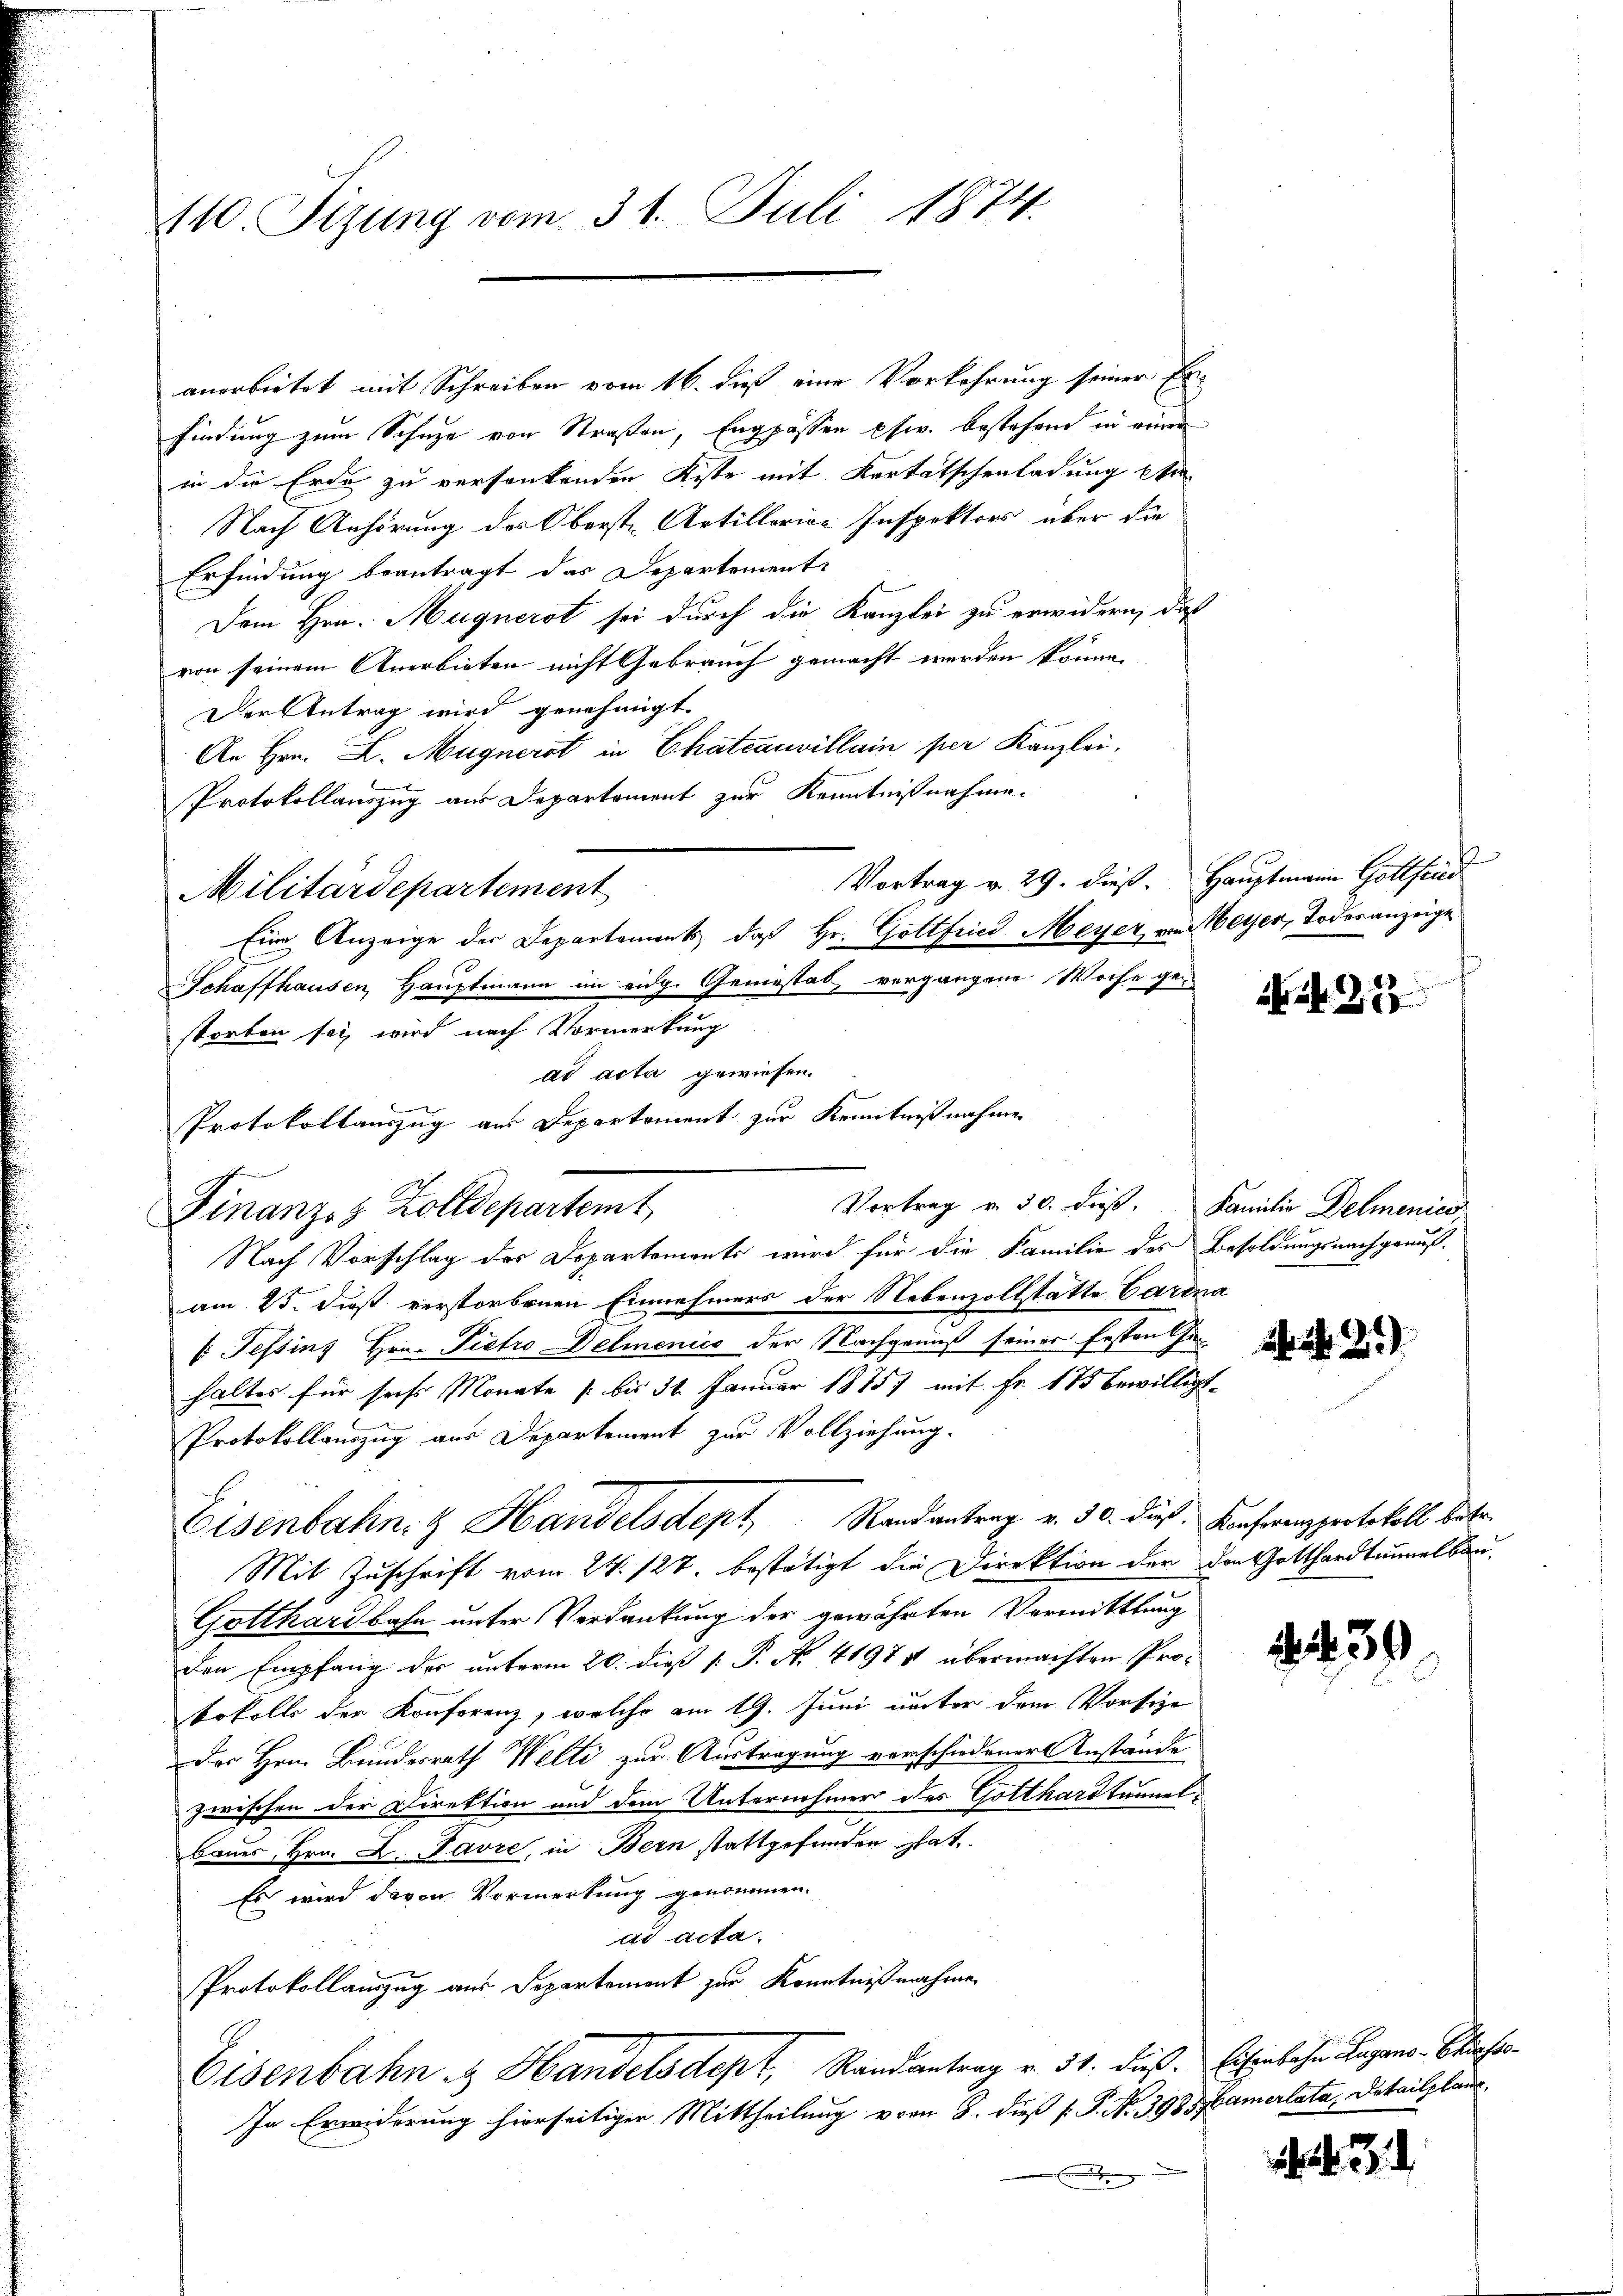
110. Sizung vom 31. Juli 1874.

anerbietet mit Schreiben vom 16. dieß eine Vorkehrung seiner Erfindung zum Schuze von Straßen, Engpassen phw. bestehend in einer
in die Erde zu versenkenden Kiste mit Kortatschenladung ste
Nach Anhörung des Oberste Artillarian Inspektors über die
Erfindung beantragt das Departement
Dem Hrn. Magnerst sei durch die Kanzlei zu erwidern, daß
von seinem Anerbieten nicht Gebrauch gemacht werden könne.
Der Antrag wird genehmigt
An Hrn. L. Magnerst in Chateauvillain per Kanzlei,
Protokollauszug aus Departement zur Kenntnißnahme.
Vortrag v. 29. dieß. Hauptmann Gottfind
Militärdepartement
Eine Anzeige der Departements, daß Hr. Gottfried Meyer, von Meyer, Todesanzeige
Schaffhausen, Hauptmann im eidg. Gemeistab, vergangene Woche gestorben sei, wird nach Vormerkung
ad acta gewiesen.
.
Vortrag v. 30. dieß. Familie Delmenies
Nach Vorschlag des Departemente wird für die Familie des Besoldungsnachgenuß-
am 25. Dieß verstorbenen Einnehmers der Nebenzollstatte Cardna
s Tessins Hrn. Pietro Delmenico der Nachgenuß seiner festrathe
haltes für sechs Monate /: bis 31 Januar 1875) mit Fr. 175 bewilligt.
Protokollauszug aus Departement zur Vollziehung.
Eisenbahn- & Handelsdept, Randantrag v. 30. dieß Konfrappertokoll betr.
Mit Zuschrift vom 24. 127. bestätigt die Direktion der den Gotthardtunnelbau
Gotthardbahn unter Verdankung der gewährten Vormittlung
den Empfang der unterm 20. dieß P. P. N. 41974 übermachten Protokolls der Konferenz, welche am 19. Juni unter dem Vorsie
Des Hrn. Bundesrath Welti zur Austragung vorschiedener Anstände
zwischen der Direktion und dem Unternehmer des Gotthardtunnelbaues Hrn. A. Favre, in Bern stattgefunden stat
Es wird davon Vormerkung genommen.
ad acta.
Protokollauszug aus Departement zur Kenntnißnahme
Eisenbahn. Handelsdept, Randantrag v. 31. dieß. Eisenbahn Lugano Stiefer¬
In Erwiderung hierseitiger Mittheilung vom 8. dieß P. P. No. 398. Camerlata, Detailplane.
.

Protokollauszug aus Departement zur Kenntnißnahmen
Finanzes Zolldepartemt,

32

24. No. 2.)

.439

. .